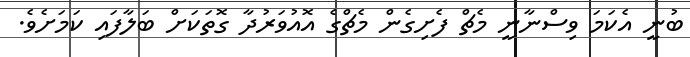
ބުނީ އެކަމަ ވިސްނާނީ މެޗް ފެށިގެން މެޗްގެ އޮއުވަރުދާ ގޮތަކަށް ބަލާފައި ކަމަށެވެ.